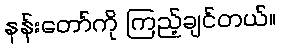
နန်းတော်ကို ကြည့်ချင်တယ်။